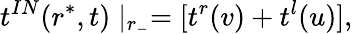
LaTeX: t^{IN}(r^{*},t)\mid_{r_{-}}=[t^{r}(v)+t^{l}(u)],